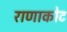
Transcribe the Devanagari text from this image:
राणाकोट